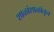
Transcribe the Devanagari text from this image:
शाळांशाळांतून